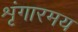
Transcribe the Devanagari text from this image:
शृंगारमय